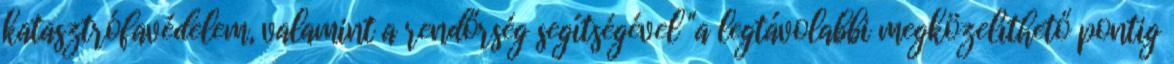
katasztrófavédelem, valamint a rendőrség segítségével "a legtávolabbi megközelíthető pontig